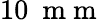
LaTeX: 10~\mathrm{~m~m~}